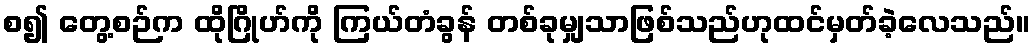
စ၍ တွေ့စဉ်က ထိုဂြိုဟ်ကို ကြယ်တံခွန် တစ်ခုမျှသာဖြစ်သည်ဟုထင်မှတ်ခဲ့လေသည်။